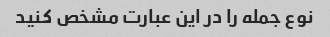
نوع جمله را در این عبارت مشخص کنید